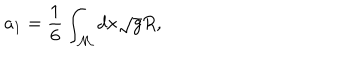
a _ { 1 } = \frac { 1 } { 6 } \int _ { \cal M } d x \sqrt { g } R ,